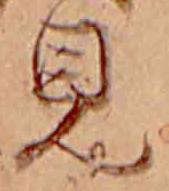
見